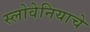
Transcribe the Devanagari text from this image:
स्लोवेनियाचे